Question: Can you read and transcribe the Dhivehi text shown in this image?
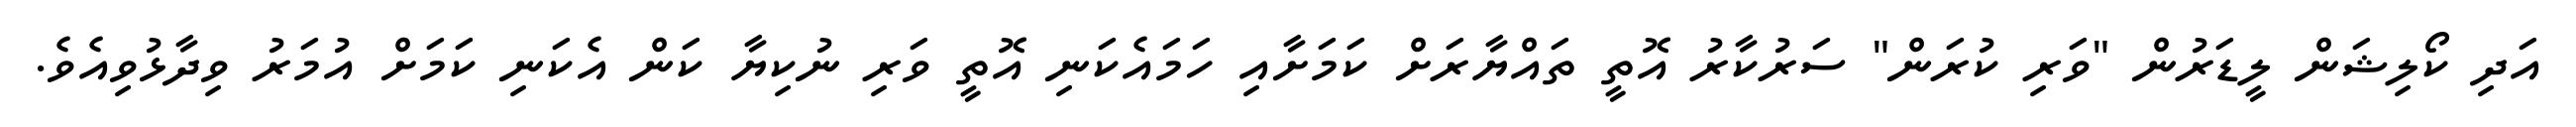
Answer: އަދި ކޯލިޝަން ލީޑަރުން "ވަރި ކުރަން" ސަރުކާރު އޮތީ ތައްޔާރަށް ކަމަށާއި ހަމައެކަނި އޮތީ ވަރި ނުކިޔާ ކަން އެކަނި ކަމަށް އުމަރު ވިދާޅުވިއެވެ.